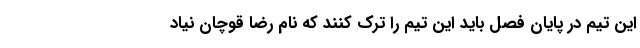
این تیم در پایان فصل باید این تیم را ترک کنند که نام رضا قوچان نیاد